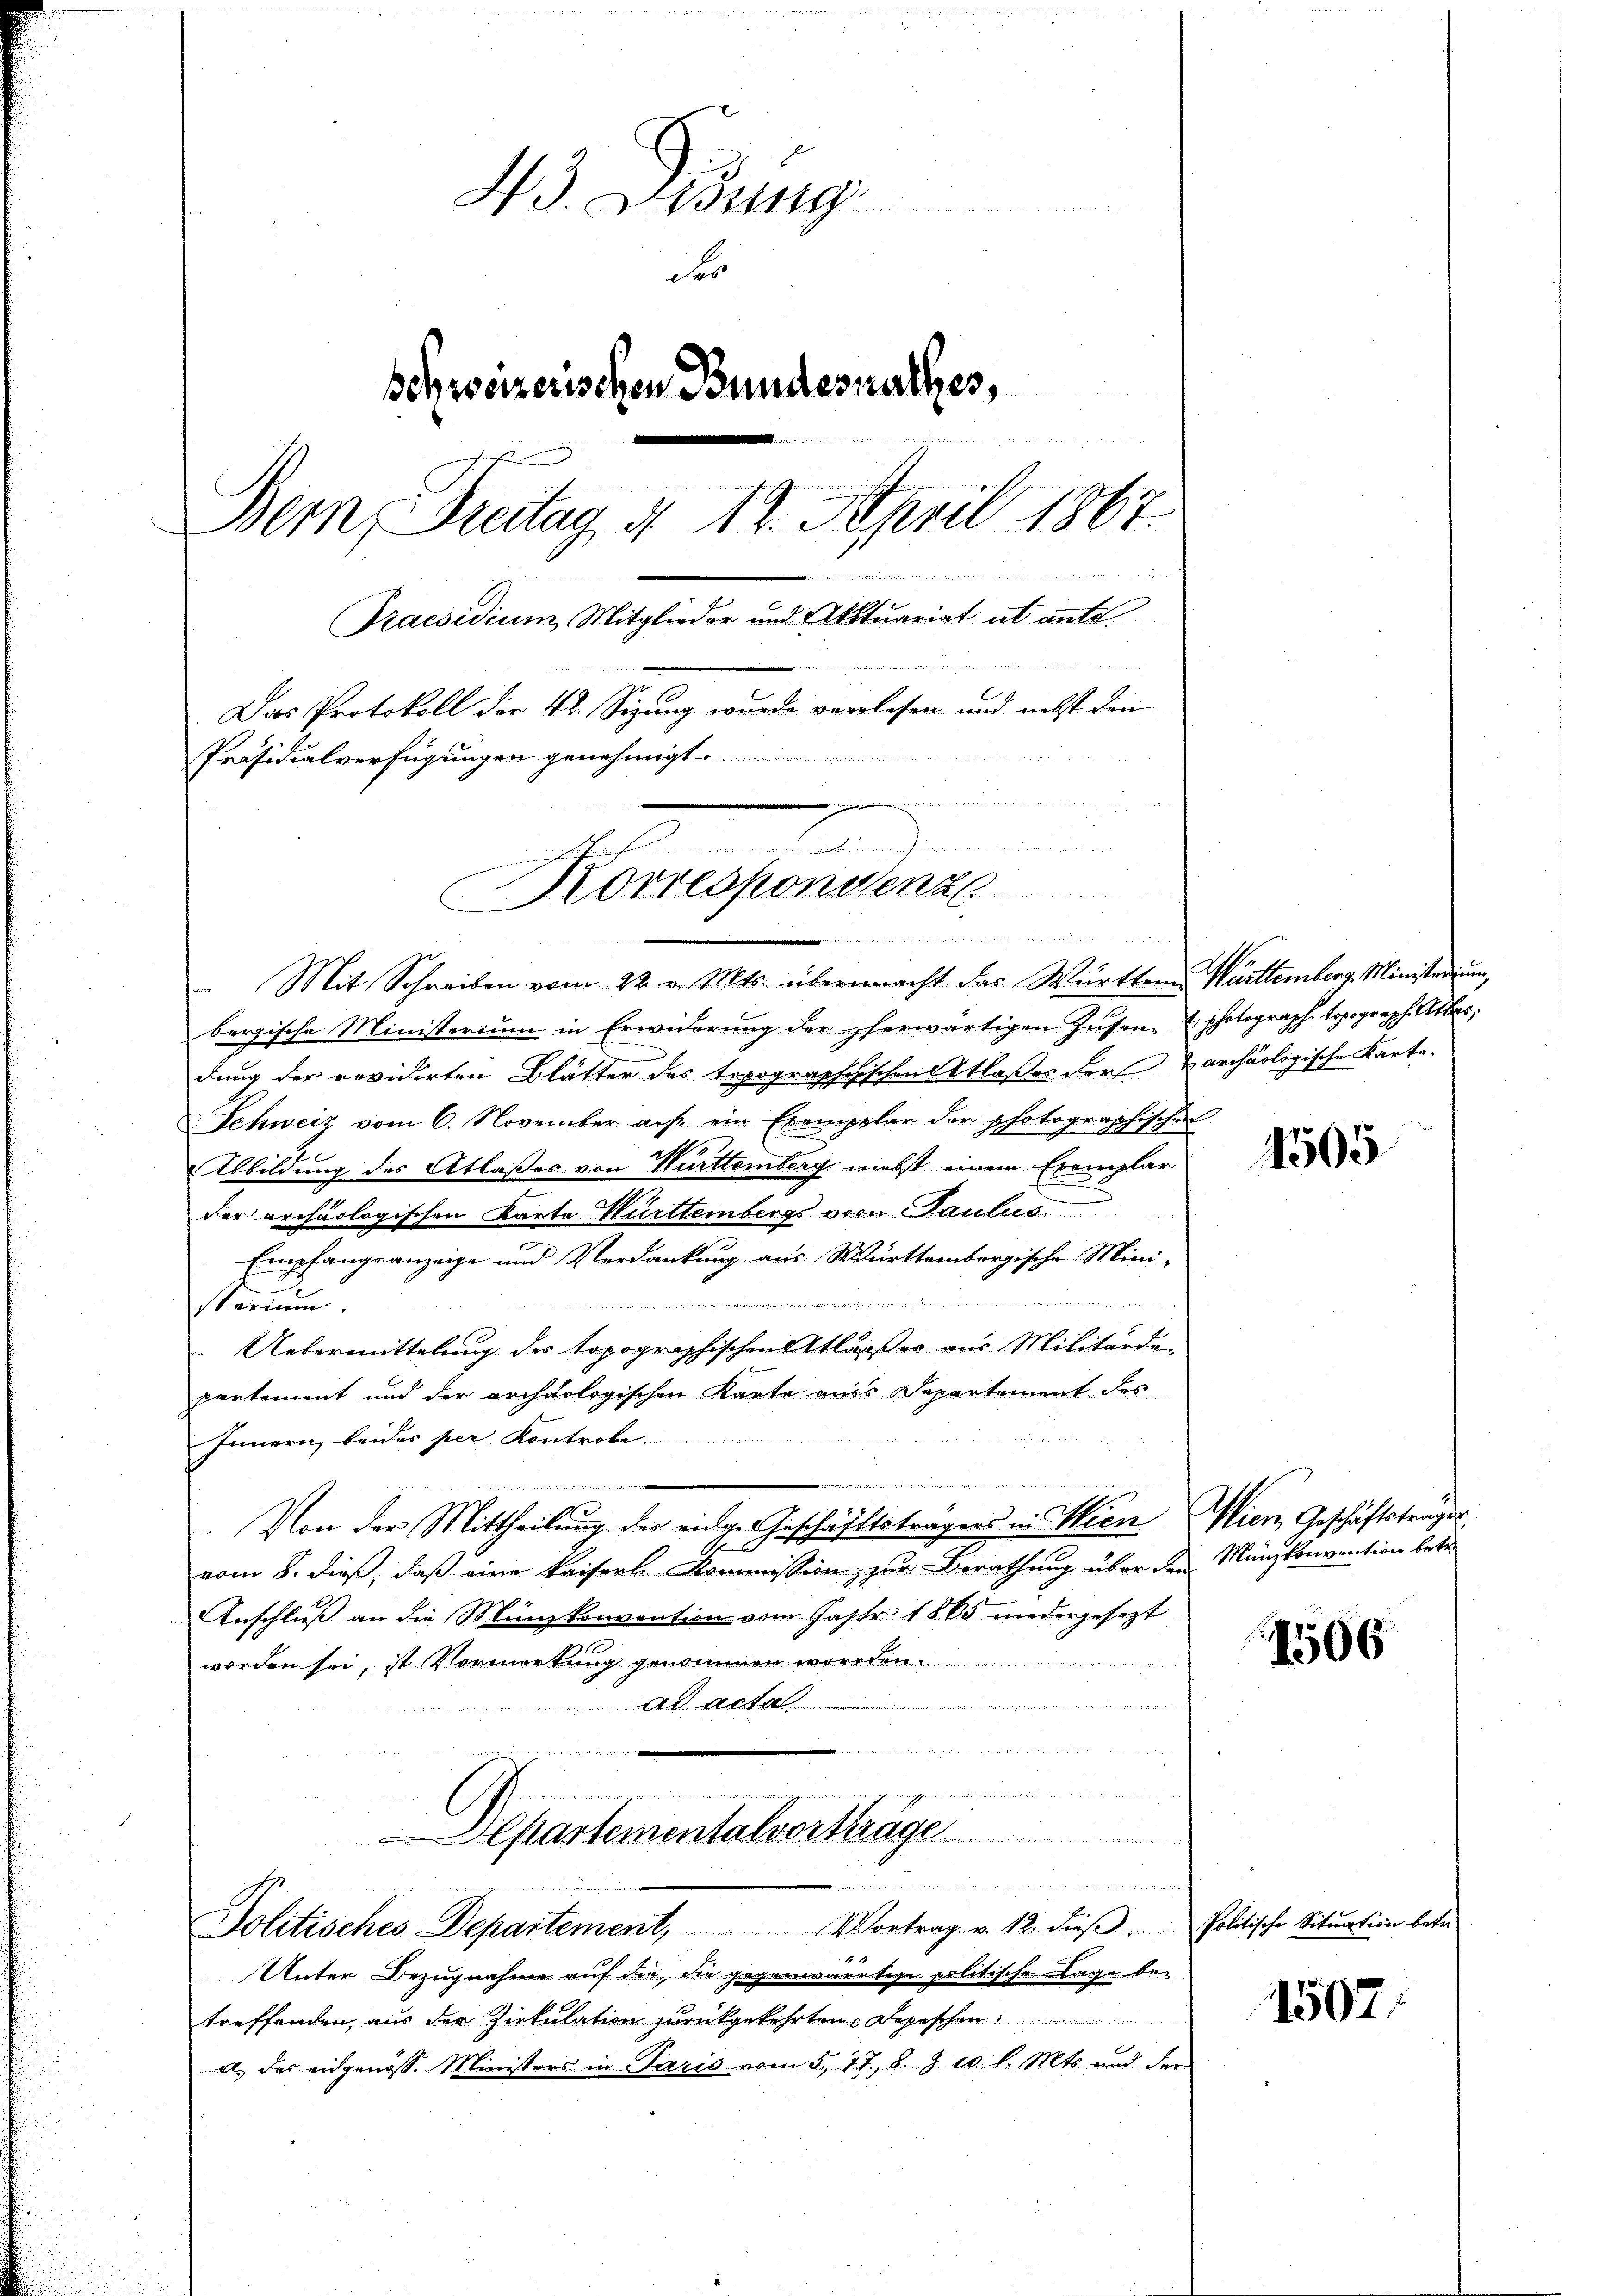
43. Lesung
Fes
Schweizerischen Bundesrathes,
Der, Freitag, § 12. April 1867.
Praesidium, Mitglieder und Aktuariat ut ante¬
Das Protokoll der 4. Sizung wurde verlesen und nebst dan

Präsidialverfügungen genehmigt.
dnn wie in der

.
Korrespondenze

Mit Schreiben vom 22. v. Mts. übermacht das Württem Württemberg. Ministerium,
bergische Ministerium in Erwiderŭng der herwärtigen Zusen- photograph. topograph. Atlas
dung der revidirten Blätter des topographischentlaßes der varchäologische Karte-
e
Schweiz vom 6. November auf ein Exemplar der photographisch-
Abbildung des Atlaßes von Württemberg nebst einem Exemplar
der archäologischen Karte Württembergs von Paulus.
Empfangsanzeige und Verdankung aus Württembergische Mini-

it
sterium.
Uebermittelung des topographischen Atlasses aus Militärde
partement und der archäologischen Karte aus Departement des
Innern, beides per Kontrole
Von der Mittheilung der einige Geschäftsträgers in Wien Wien Geschäftstrages
vom 8. dieß, daß eine kaiserl Kommission, zur Berathung über den Münzkonvention betr.
Anschluß an die Münzkonvention vom Jahr 1865 niedergesezt
worden sei, ist Vormerkung genommen worden.
i
ad acta
i   de

n an die
mmer angenden, wennerung
Departementalvorträge
Cammen erinnerung
Politisches Departement, Vortrag v. 12. dieβ. Politische Situation betr.
4
Unter Bezugnahme auf die die gegenwärtige politische Lage betreffenden, aus der Zirkulation zurückgekehrten Depeschen
A. der eidgenöss. Ministers in Paris vom 5. 77. 8. Z. 10. l. Mts. und der

1505

1506

1507.